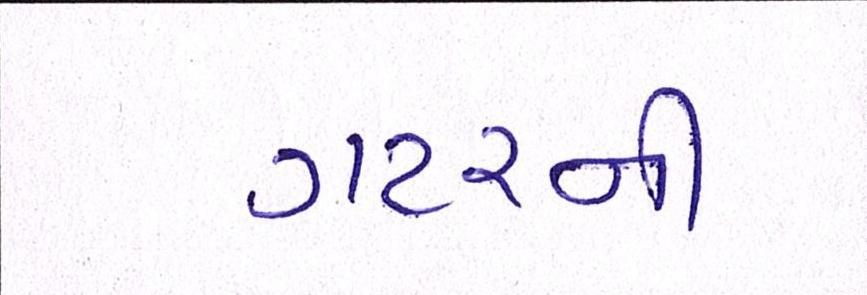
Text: ગટરની